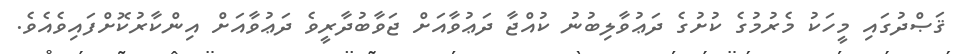
ޤަޞްދުގައި މީހަކު މެރުމުގެ ކުށުގެ ދަޢުވާލިބުނު ކުއްޖާ ދަޢުވާއަށް ޖަވާބުދާރީވެ ދަޢުވާއަށް އިންކާރުކޮށްފައިވެއެވެ.